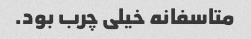
متاسفانه خیلی چرب بود.